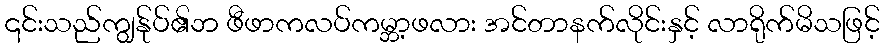
၎င်းသည်ကျွန်ုပ်၏ဘ ဖီဖာကလပ်ကမ္ဘာ့ဖလား အင်တာနက်လိုင်းနှင့် လာရိုက်မိသဖြင့်